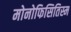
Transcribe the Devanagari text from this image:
मोनोफिसितिस्म